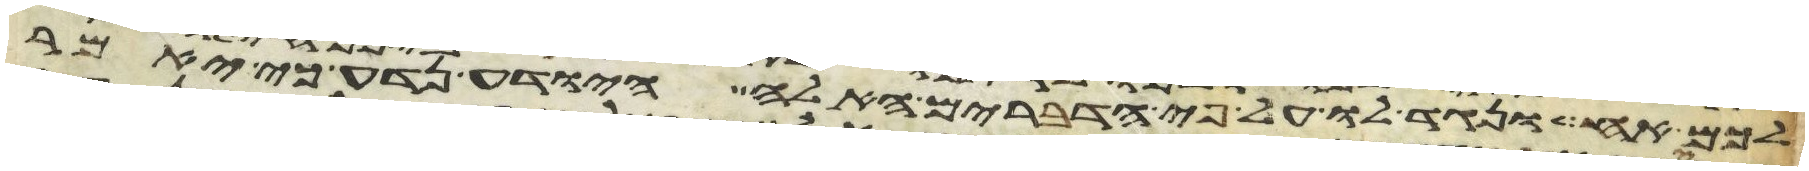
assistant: לכם אח ונגיד לו על פי הדברים האלה היודע נדע כי יאמר